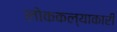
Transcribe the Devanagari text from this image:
लोककल्याकारी